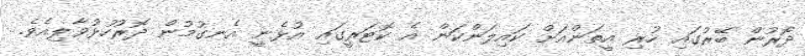
ދޮރުން ބޭރުގައި ހުރި އީތަންއަށް ކައިލަންކަން އެ ކޮޓަރީގައި އުޅެނީ އެނގުމުން ދޮރުހުޅުވާލިއެވެ.